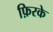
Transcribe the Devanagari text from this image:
फ़िरके